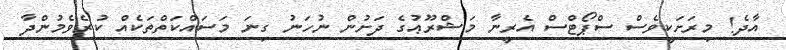
އާދެ! މިރަށަކީވެސް ސްޕޯޓްސް އެރީނާ މަޝްރޫޢުގެ ދަށުން ނުހަނު ގިނަ މަސައްކަތްތަކެއް ކުރެވެމުންދާ